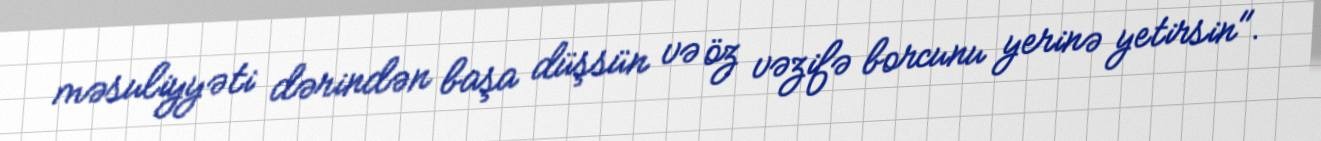
məsuliyyəti dərindən başa düşsün və öz vəzifə borcunu yerinə yetirsin".